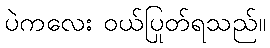
ပဲကလေး ဝယ်ပြုတ်ရသည်။